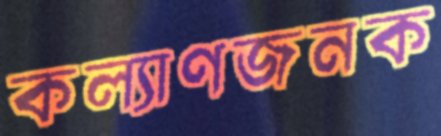
কল্যাণজনক